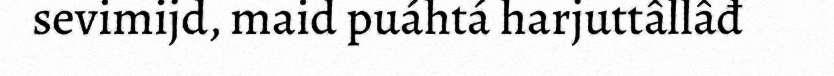
sevimijd, maid puáhtá harjuttâllâđ